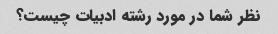
نظر شما در مورد رشته ادبیات چیست؟